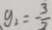
y _ { 1 } = - \frac { 3 } { 2 }